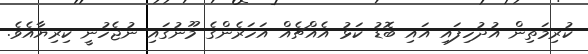
ކުރިމަތިން އުދުހިފައި އައި ބޮޑު ކަޅު އެއްޗެއް އަހަރެންގެ މޫނުގައި ނުޖެހުނީ ކިރިޔާއެވެ.